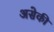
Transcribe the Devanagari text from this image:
असेकी